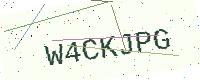
Text: W4CKJPG